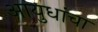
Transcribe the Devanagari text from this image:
आयुधांचा